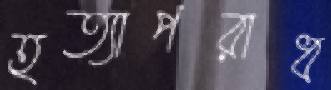
হত্যাপরাধ